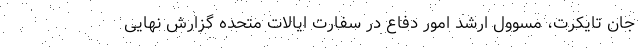
جان تایکرت، مسوول ارشد امور دفاع در سفارت ایالات متحده گزارش نهایی